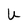
Character: U